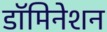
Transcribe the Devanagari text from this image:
डॉमिनेशन